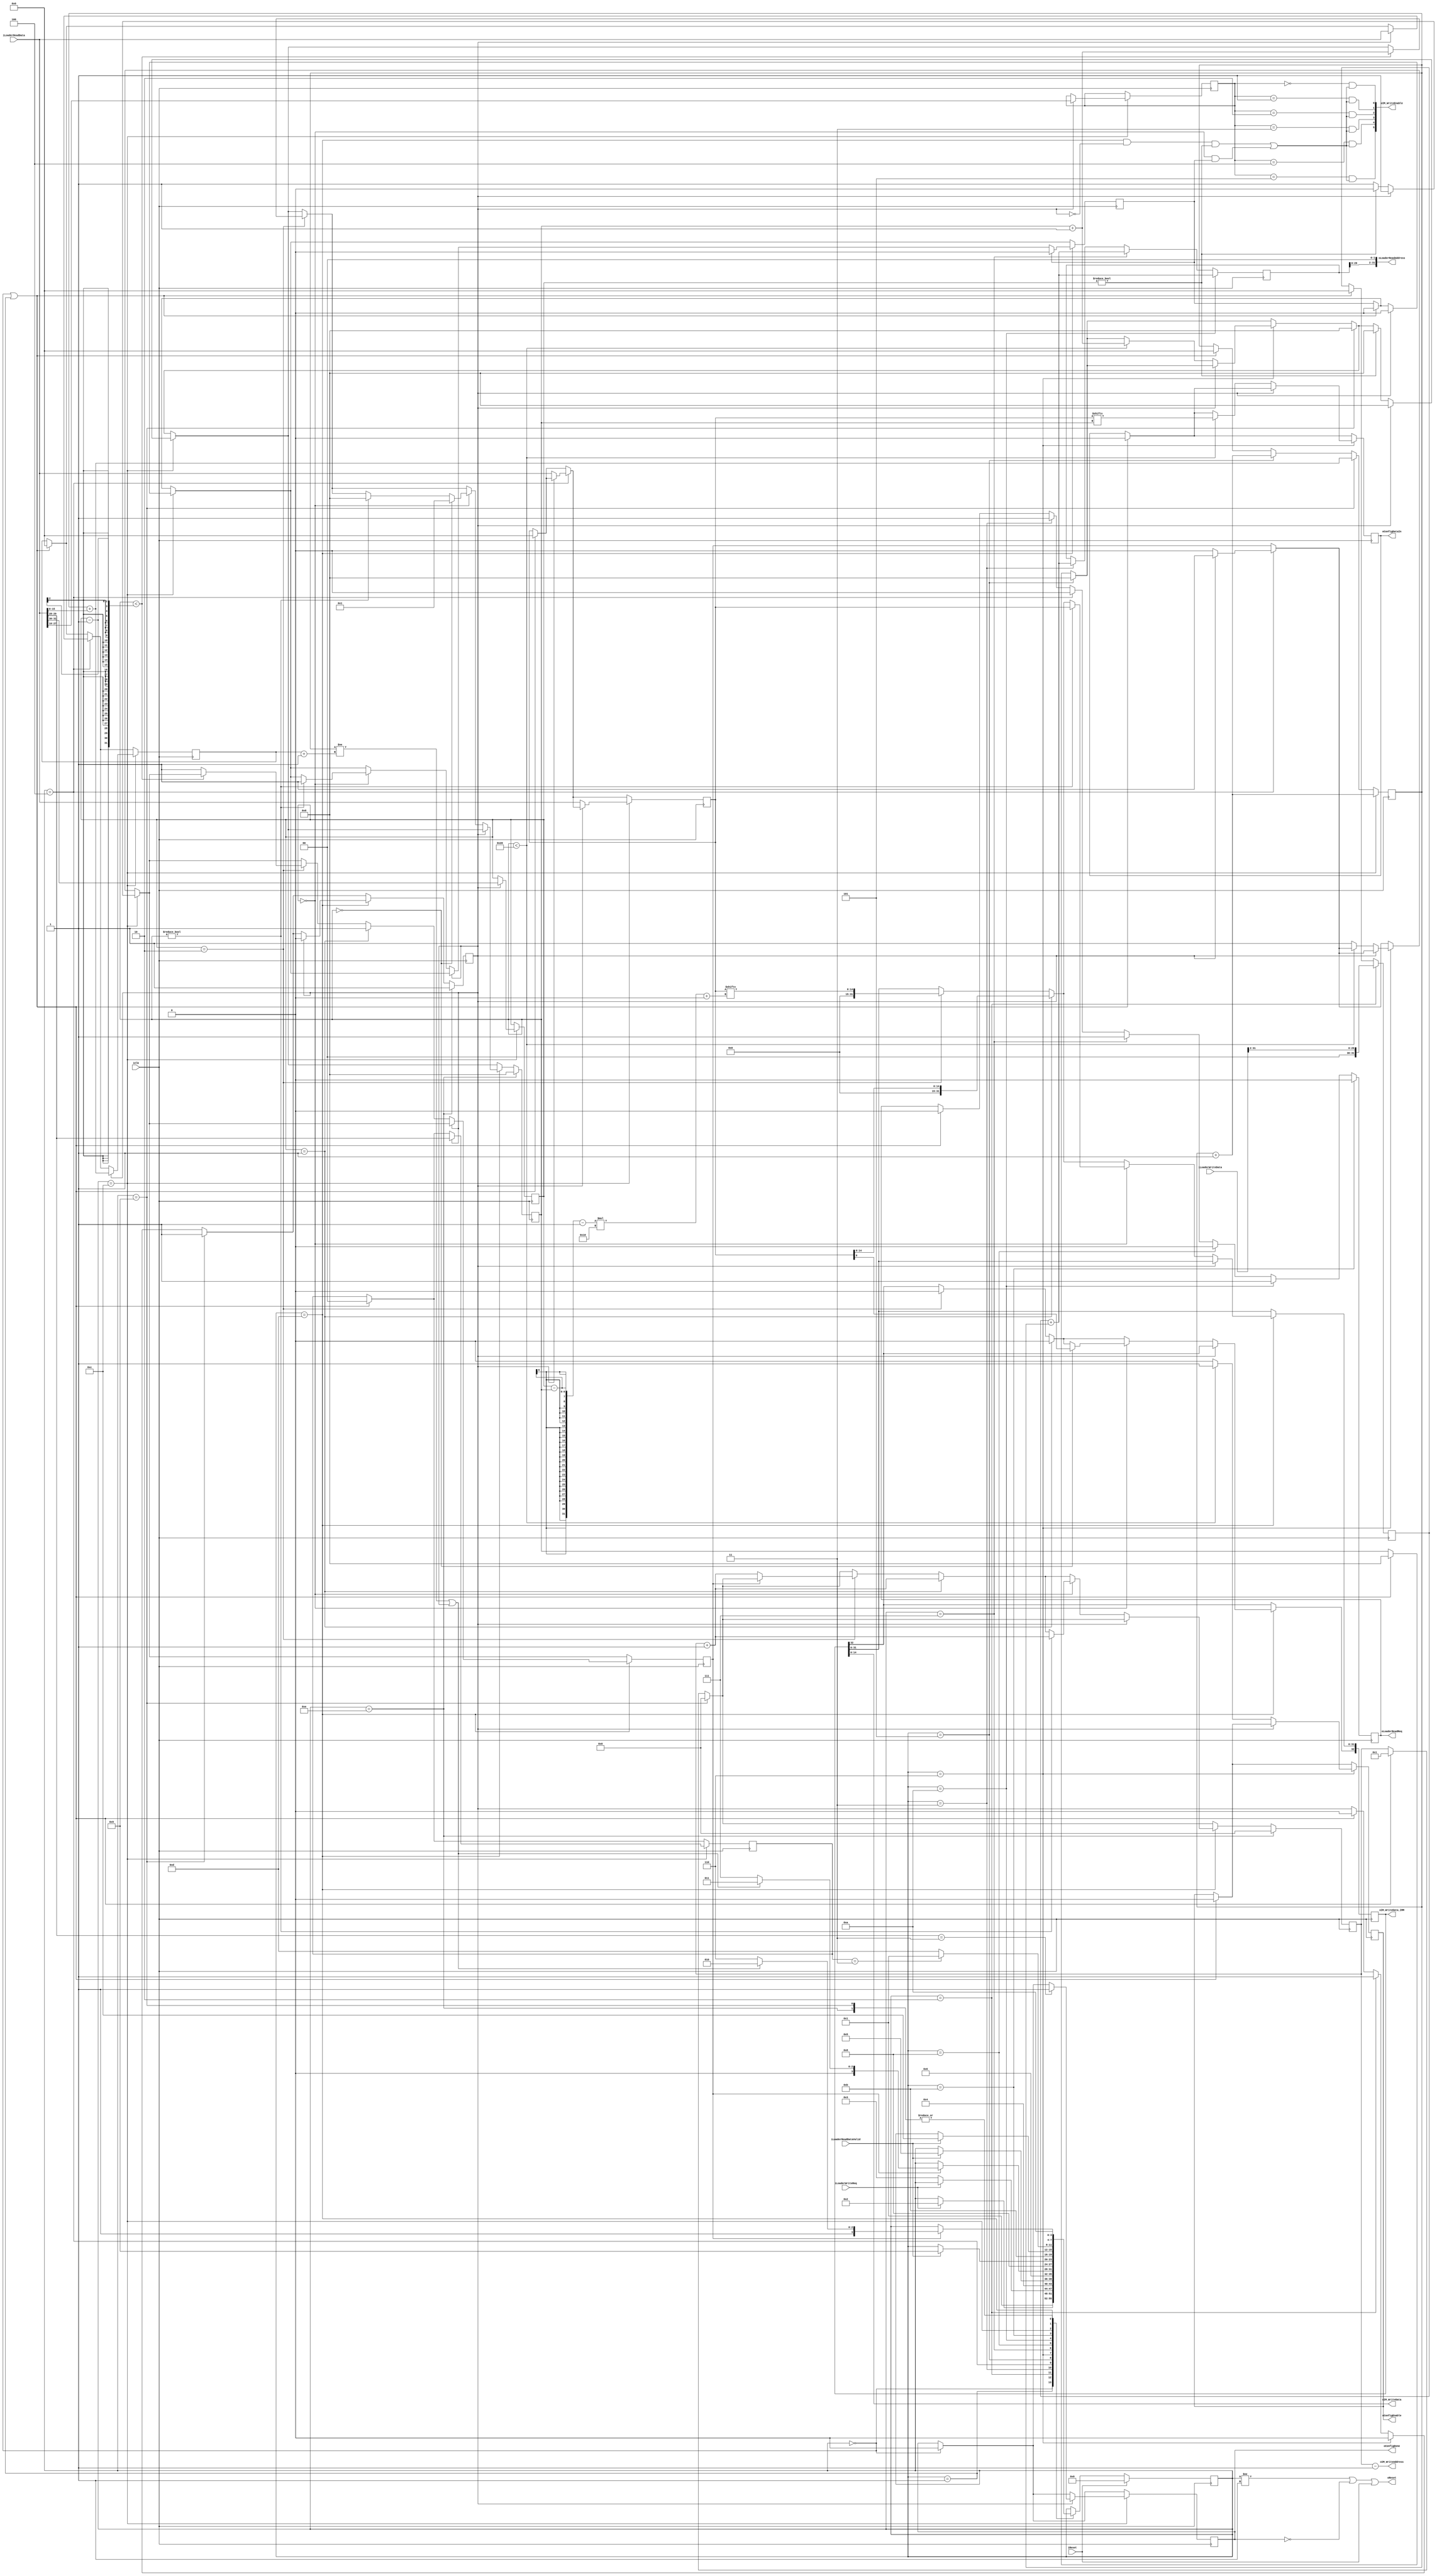
module LOADER
#
(  //parameters that can be externally configured
	parameter INTERFACE_WIDTH = 32,
	parameter INTERFACE_ADDR_WIDTH = 32,
	
	parameter I_WIDTH = 15,
	parameter I_IMM_WIDTH = 33,
	parameter IM_ADDR_WIDTH = 16,	
	parameter IM_MEM_ADDR_WIDTH = 8,	
	
	parameter NUM_ID = 5,
	parameter NUM_IMM = 1	
)
(
	//inputs and outputs
	input iClk,
	input iReset,
	output oReset,
	output oConfigDone,

	//loader interface, goes via the top level module to the outside world
	input iLoaderWriteReq,
	output oLoaderReadReq,
	input [INTERFACE_WIDTH-1:0] iLoaderWriteData,
	output [INTERFACE_ADDR_WIDTH-1:0] oLoaderReadAddress,
	input [INTERFACE_WIDTH-1:0] iLoaderReadData,
	input iLoaderReadDataValid,
	
	//interface to the instruction memories (that are loaded by this module)
	output [NUM_IMM+NUM_ID-1:0] oIM_WriteEnable,
	output [IM_MEM_ADDR_WIDTH-1:0] oIM_WriteAddress,
	output [I_WIDTH-1:0] oIM_WriteData,
	output [I_IMM_WIDTH-1:0] oIM_WriteData_IMM,	
	
	//configuration scan-chain interface. For configurint the FUs and switchboxes
	output oConfigEnable,
	output oConfigDataIn		
);

	function integer MAX;
		input [31:0] A;		
		input [31:0] B;		
		begin
			if (A > B)
				MAX = A;
			else
				MAX = B;
		end
	endfunction	
	
	function integer CLogB2;
		input [31:0] Depth;
		integer i;
		begin
			i = Depth;		
			for(CLogB2 = 0; i > 0; CLogB2 = CLogB2 + 1)
				i = i >> 1;
		end
	endfunction	
	
	//local parameters, these depend on the actual implementation of the module and therefore are not configurable
	//from outside the module.	
	localparam INTERFACE_WIDTH_LOG2 = CLogB2(INTERFACE_WIDTH);
	
	localparam INDEX_WIDTH = 12;
	localparam INDEX_OFFSET = 16;
	
	localparam ALIGNMENT_WIDTH = 2;
	localparam ALIGNMENT_OFFSET = 30;
	
	localparam TYPE_WIDTH = 2;
	localparam TYPE_OFFSET = 28;
	
	localparam LENGTH_WIDTH = 16;
	localparam LENGTH_OFFSET = 0;
		
	localparam FSM_WIDTH = 4;
		
	localparam FSM_STATE_RESET = 4'b0000;
	localparam FSM_STATE_IDLE = 4'b0001;
	localparam FSM_STATE_GET_OFFSET = 4'b0010;
	localparam FSM_STATE_CONFIG_S0 = 4'b0011;
	localparam FSM_STATE_CONFIG_S1 = 4'b0100;	
	localparam FSM_STATE_CONFIG_S2 = 4'b0101;	
	localparam FSM_STATE_CONFIG_S3 = 4'b0110;		
	localparam FSM_STATE_HEADER_S0 = 4'b0111;
	localparam FSM_STATE_HEADER_S1 = 4'b1000;	
	localparam FSM_STATE_HEADER_S2 = 4'b1001;	
	localparam FSM_STATE_INSTR_S0 = 4'b1010;
	localparam FSM_STATE_INSTR_S1 = 4'b1011;	
	localparam FSM_STATE_INSTR_S2 = 4'b1100;	
	localparam FSM_STATE_INSTR_S3 = 4'b1101;	
	localparam FSM_STATE_NEXT_ID = 4'b1110;
	
	//registers
	reg [FSM_WIDTH-1:0] rState;
	reg [FSM_WIDTH-1:0] rNextState;
	
	reg [INTERFACE_WIDTH-1:0] rOffset;
	reg [INTERFACE_WIDTH-1:0] rWordCount;
	reg [INTERFACE_WIDTH-1:0] rConfigLength;
	reg [INTERFACE_WIDTH-1:0] rConfigData;
	reg [IM_MEM_ADDR_WIDTH-1:0] rInstructionAddress;
	reg [MAX(I_IMM_WIDTH,I_WIDTH)-1:0] rInstruction;
	
	reg [INDEX_WIDTH-1:0] rIndex;
	reg rConfigDataIn;
	
	reg [INTERFACE_WIDTH_LOG2-1:0] rCurrPart;	
	reg [INTERFACE_ADDR_WIDTH-1:0] rReadAddress;
	
	reg [ALIGNMENT_WIDTH-1:0] rAlignment;
	reg [TYPE_WIDTH-1:0] rType;
	
	reg rReadReq;
	reg rFirstWord;
	reg rWordDone;	
	reg rEnable;	
	reg rConfigDone;
	
	reg rConfigEnable;
		
	//wires
	wire wEnable = ((rState == FSM_STATE_INSTR_S3) & !rFirstWord & rAlignment!=0) | (rAlignment==0 & rEnable);
	
	//assignments
	genvar gConnectEnables;
	
	generate
		for (gConnectEnables=0; gConnectEnables < (NUM_ID+NUM_IMM); gConnectEnables=gConnectEnables+1)
			begin: Enables
				assign oIM_WriteEnable[gConnectEnables] = ((rIndex==gConnectEnables) & wEnable);
			end		
	endgenerate
	
	assign oIM_WriteAddress = rInstructionAddress-1'd1;
	assign oIM_WriteData = rInstruction[I_WIDTH-1:0];
	assign oIM_WriteData_IMM = rInstruction[I_IMM_WIDTH-1:0];
		
	assign oLoaderReadAddress = rReadAddress << 2;
	assign oLoaderReadReq = rReadReq;
	
	assign oReset = (rState != FSM_STATE_IDLE) | !oConfigDone | iReset;
	assign oConfigEnable=rConfigEnable;
	assign oConfigDataIn = rConfigDataIn;// rConfigData[rCurrPart];
	
	assign oConfigDone = rConfigDone;
		
	//behavioral
	always @(posedge iClk) begin
		if (!iReset)
			rState <= rNextState;
		else
			rState <= FSM_STATE_RESET;
	end

	//combinatorial part state machine
	always @(rState or iReset or iLoaderWriteReq or iLoaderReadDataValid or rConfigLength or rWordCount or rWordDone or rFirstWord or rType)
	begin
		case (rState)
			FSM_STATE_RESET:	begin	
										if (!iReset)
											rNextState <= FSM_STATE_IDLE;
										else
											rNextState <= rState;		
									end
									
			FSM_STATE_IDLE:	begin
										if (iLoaderWriteReq)
											rNextState <= FSM_STATE_GET_OFFSET;	
										else
											rNextState <= rState;																						
									end
									
			FSM_STATE_GET_OFFSET: begin
										if (!iLoaderWriteReq)
											rNextState <= FSM_STATE_CONFIG_S0;	
										else
											rNextState <= rState;															
									end
									
			//-------------------------- GET CONFIG ----------------------
			FSM_STATE_CONFIG_S0: begin										
										rNextState <= FSM_STATE_CONFIG_S1;
									end
									
			FSM_STATE_CONFIG_S1: begin
										if (iLoaderReadDataValid)
											rNextState <= FSM_STATE_CONFIG_S2;
										else
											rNextState <= rState;	
									end									
			FSM_STATE_CONFIG_S2: begin		
										rNextState <= FSM_STATE_CONFIG_S3;
									end
									
			FSM_STATE_CONFIG_S3: begin		
										if (!rWordDone)
											rNextState <= rState;
										else
											if (rWordCount != (rConfigLength+1) | rFirstWord) //was before: configlength==0
												rNextState <= FSM_STATE_CONFIG_S0;
											else
												rNextState <= FSM_STATE_HEADER_S0;
									end
									
			//-------------------------- GET HEADER ----------------------
			FSM_STATE_HEADER_S0: begin										
										rNextState <= FSM_STATE_HEADER_S1;
									end
									
			FSM_STATE_HEADER_S1: begin
										if (iLoaderReadDataValid)
											rNextState <= FSM_STATE_HEADER_S2;
										else
											rNextState <= rState;	
									end									
			FSM_STATE_HEADER_S2: begin		
										rNextState <= FSM_STATE_INSTR_S0;
									end			
		
			//-------------------------- GET INSTRUCTIONS ----------------------
			FSM_STATE_INSTR_S0: begin										
										rNextState <= FSM_STATE_INSTR_S1;
									end
									
			FSM_STATE_INSTR_S1: begin
										if (iLoaderReadDataValid)
											rNextState <= FSM_STATE_INSTR_S2;
										else
											rNextState <= rState;	
									end									
			FSM_STATE_INSTR_S2: begin		
										if (rType == {(TYPE_WIDTH){1'b1}})
											rNextState <= FSM_STATE_IDLE;
										else
											rNextState <= FSM_STATE_INSTR_S3;
									end
									
			FSM_STATE_INSTR_S3: begin		
										if (!rWordDone)
											rNextState <= rState;
										else
											if (rWordCount != (rConfigLength+1) | rFirstWord)
												rNextState <= FSM_STATE_INSTR_S0;
											else
												rNextState <= FSM_STATE_NEXT_ID;
									end		
									
			FSM_STATE_NEXT_ID: begin
										rNextState <= FSM_STATE_INSTR_S0;
									end	
									
			default:
				rNextState <= rState;
		endcase
	end
		
	//actions performed by state machine
	always @(posedge iClk) begin
	
		if (rState == FSM_STATE_RESET)
			begin
				rConfigDone <= 1'b0;				
			end
		
		if (rState == FSM_STATE_RESET | rState == FSM_STATE_IDLE)
			begin
				rOffset <= 'b0;
				rReadReq <= 1'b0;
				rFirstWord <= 1'b0;
				rWordCount <= 1'b0;
				rConfigLength <= 1'b0;				
				rConfigData <= 1'b0;		
				rConfigDataIn <= 1'b0;
				rCurrPart <= 1'b0;	
				rInstructionAddress <= 1'd1;		
				rEnable <= 1'b0;
				rType	<= 1'b0;
				rConfigEnable <= 1'b0;
			end
			
		if (rState == FSM_STATE_GET_OFFSET)			
			begin
				rOffset <= (iLoaderWriteData>>2);				
				rFirstWord <= 1'b1;
			end
		
		// ---------------------- CONFIG BITSTREAM ---------------------------
		if (rState == FSM_STATE_CONFIG_S0)
			begin
				rReadAddress <= rOffset + rWordCount;
				rReadReq <= 1'b1;					
			end
					
		if (rState == FSM_STATE_CONFIG_S1)		
			begin
				rReadReq <= 1'b0;												

				if (rFirstWord)			
					begin
						rConfigLength <= iLoaderReadData;							
						rWordDone <= 1'b1;
					end
				else
					begin
						rConfigData <= iLoaderReadData;	
						rWordDone <= 1'b0;
					end	
			end
		
		if (rState == FSM_STATE_CONFIG_S2)
			begin									
				rCurrPart <= 'd0;							
				rWordCount <= rWordCount + 1'd1;											
			end
			
		if (rState == FSM_STATE_CONFIG_S3)
			begin
				rFirstWord	<= 1'b0;
			
				if (!rFirstWord)										
					if (rCurrPart < INTERFACE_WIDTH)
						begin
							rCurrPart <= rCurrPart + 1'd1;	
							rConfigEnable <= 1'b1;
							rConfigDataIn <= rConfigData[rCurrPart];									
						end
					else
						begin
							rWordDone <= 1'b1;	
							rConfigEnable <= 1'b0;
						end
			end							
		
		//------------------------- HEADER ---------------------------
		
		if (rState == FSM_STATE_HEADER_S0)
			begin
				rReadAddress <= rOffset + rWordCount;				
				rReadReq <= 1'b1;					
			end
			
		if (rState == FSM_STATE_HEADER_S1)			
				rReadReq <= 1'b0;		

		if (rState == FSM_STATE_HEADER_S2)
			begin				
				rWordCount <= rWordCount + iLoaderReadData[LENGTH_WIDTH-1:LENGTH_OFFSET];			
				rFirstWord <= 1'b1;
				rInstructionAddress <= 1'd0;
				rCurrPart <= 1'd0;
			end			
			
		//------------------------- INSTRUCTIONS ---------------------------
		
		if (rState == FSM_STATE_INSTR_S0)
			begin
				rReadAddress <= rOffset + rWordCount;				
				rReadReq <= 1'b1;					
			end
			
		if (rState == FSM_STATE_INSTR_S1)			
				rReadReq <= 1'b0;		

		if (rState == FSM_STATE_INSTR_S2)
			begin								
				if (rFirstWord)
					begin
						rConfigLength <= rWordCount + iLoaderReadData[LENGTH_WIDTH+LENGTH_OFFSET-1:LENGTH_OFFSET];
						rAlignment <= iLoaderReadData[ALIGNMENT_WIDTH+ALIGNMENT_OFFSET-1:ALIGNMENT_OFFSET];
						rWordDone <= 1'b1;
						rIndex <= iLoaderReadData[INDEX_WIDTH+INDEX_OFFSET-1:INDEX_OFFSET];
						rType <= iLoaderReadData[TYPE_WIDTH+TYPE_OFFSET-1:TYPE_OFFSET];
						rCurrPart <= 'd0;	
						rEnable <= 1'b0;
						
						if (iLoaderReadData[TYPE_WIDTH+TYPE_OFFSET-1:TYPE_OFFSET] == {(TYPE_WIDTH){1'b1}})
							rConfigDone <= 1'b1;
					end
				else
					begin
						rConfigData <= iLoaderReadData;												
						
						if (rAlignment != 0)
							begin
								rCurrPart <= 'd0;	
								rWordDone <= 1'b0;
							end
						else
							rWordDone <= 1'b1;
					end
											
				rWordCount <= rWordCount + 1'd1;	
			end				
			
		if (rState == FSM_STATE_INSTR_S3)
			begin		
				
				if (!rFirstWord)
					begin
						if (rAlignment == 2)
							begin
								rInstruction <= rConfigData[(rAlignment-rCurrPart-1)*(INTERFACE_WIDTH/2)+:I_WIDTH];												
								
								if (!rWordDone)
									rInstructionAddress <= rInstructionAddress + 1'd1;	
								
								if (rCurrPart < rAlignment-1)											
									rCurrPart <= rCurrPart + 1'd1;																																
								else
									rWordDone <= 1'b1;
							end
							
						if (rAlignment == 1)
							begin
								rInstruction <= rConfigData[I_WIDTH-1:0];	
								rWordDone <= 1'b1;
								rInstructionAddress <= rInstructionAddress + 1'd1;	
							end
							
						if (rAlignment == 0)
							begin								
								if (rCurrPart )
									begin
										rCurrPart <= 1'b0;
										rInstructionAddress <= rInstructionAddress + 1'd1;	
										rEnable	<= 1'b1;
										rInstruction[INTERFACE_WIDTH-1:0] <= rConfigData[INTERFACE_WIDTH-1:0];
									end
								if (!rCurrPart) 
									begin
										rCurrPart <= 1'b1;													
										rInstruction[I_IMM_WIDTH-1:INTERFACE_WIDTH] <= rConfigData[I_IMM_WIDTH-INTERFACE_WIDTH-1:0];
									end									
							end	
					end
				else
					begin
						rFirstWord	<= 1'b0;			
					end
					
				if (rEnable)
					rEnable <= 1'b0;							
			end
			
		if (rState == FSM_STATE_NEXT_ID)
			begin				
				rFirstWord <= 1'b1;
				rInstructionAddress <= 1'd0;
				rCurrPart <= 1'd0;
			end
	end

endmodule